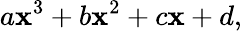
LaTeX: a\mathbf{x}^{3}+b\mathbf{x}^{2}+c\mathbf{x}+d,